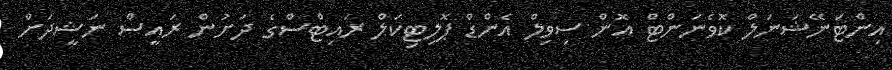
އިންޓަނޭޝަނަލް ކޮވެނަންޓް އޮން ސިވިލް އެންޑް ޕޮލިޓިކަލް ރައިޓްސްގެ ދަށުން ރައީސް ނަޝީދަށް